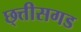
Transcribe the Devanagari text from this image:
छ्त्तीसगड